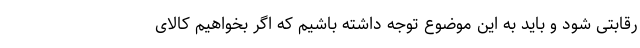
رقابتی شود و باید به این موضوع توجه داشته باشیم که اگر بخواهیم کالای